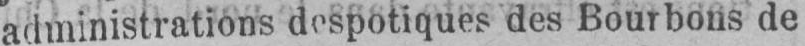
administrations despotiques des Bourbons de